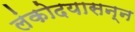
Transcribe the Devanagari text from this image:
लंकोदयासन्न